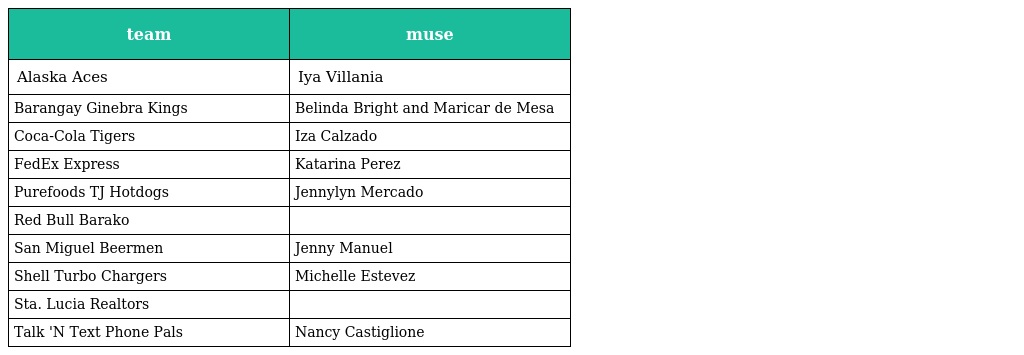
| team | muse |
 | --- | --- |
 | Alaska Aces | Iya Villania |
 | Barangay Ginebra Kings | Belinda Bright and Maricar de Mesa |
 | Coca-Cola Tigers | Iza Calzado |
 | FedEx Express | Katarina Perez |
 | Purefoods TJ Hotdogs | Jennylyn Mercado |
 | Red Bull Barako |  |
 | San Miguel Beermen | Jenny Manuel |
 | Shell Turbo Chargers | Michelle Estevez |
 | Sta. Lucia Realtors |  |
 | Talk 'N Text Phone Pals | Nancy Castiglione |